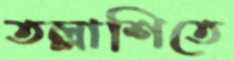
তল্লাশিতে